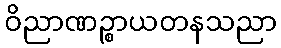
ဝိညာဏဉ္စာယတနသညာ